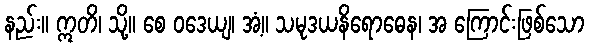
နည်း။ ဣတိ၊ သို့။ စေ ဝဒေယျ၊ အံ့။ သမုဒယနိရောဓေန၊ အ ကြောင်းဖြစ်သော